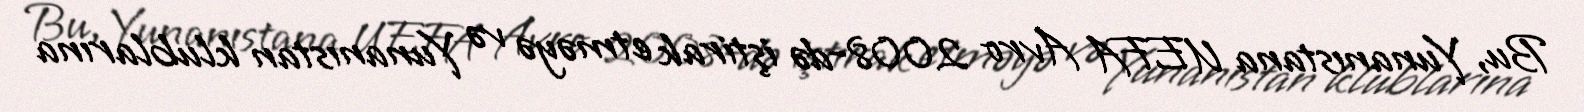
Bu, Yunanıstana UEFA Avro 2008-də iştirak etməyə və Yunanıstan klublarına